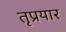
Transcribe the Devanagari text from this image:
तृप्रयार